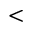
<